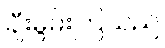
ချီးမွမ်းကြသည်